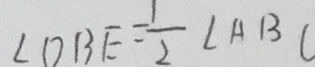
\angle D B E = \frac { 1 } { 2 } \angle A B C